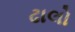
ઢાલો